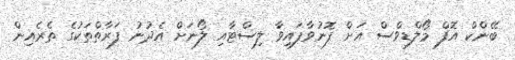
ބޭންކް އޮފް މޯލްޑިވްސް އަށް ފޮނުވާފައިވާ ލިސްޓާއި ލޯނަށް އެދުނު ފަރާތްތަކުގެ ތެރެއިން